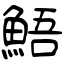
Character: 鯃